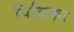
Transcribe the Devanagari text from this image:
पिडिका